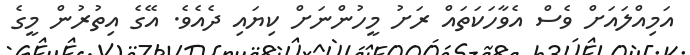
އަމިއްލައަށް ވެސް އެވާހަކަތައް ރަށު މީހުންނަށް ކިޔައި ދެއެވެ. އޭގެ އިތުރުން މީގެ